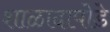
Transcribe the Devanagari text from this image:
शाळादापोडे